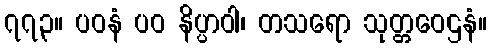
၇၇၃။ ပဝနံ ပဝ နိပ္ပာဝါ၊ တသရော သုတ္တဝေဌနံ။